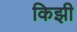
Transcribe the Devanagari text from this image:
किझी